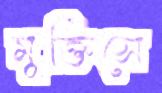
মুক্তিসে